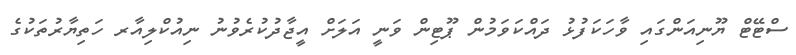
ސްޓޭޓް ޔޫނިއަންގައި ވާހަކަފުޅު ދައްކަވަމުން ޕޫޓިން ވަނީ އަލަށް އީޖާދުކުރެވުނު ނިއުކްލިއާރ ހަތިޔާރުތަކުގެ